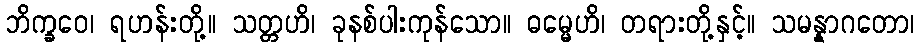
ဘိက္ခဝေ၊ ရဟန်းတို့။ သတ္တဟိ၊ ခုနစ်ပါးကုန်သော။ ဓမ္မေဟိ၊ တရားတို့နှင့်။ သမန္နာဂတော၊